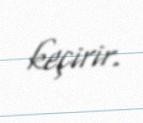
keçirir.